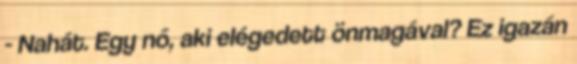
- Nahát. Egy nő, aki elégedett önmagával? Ez igazán